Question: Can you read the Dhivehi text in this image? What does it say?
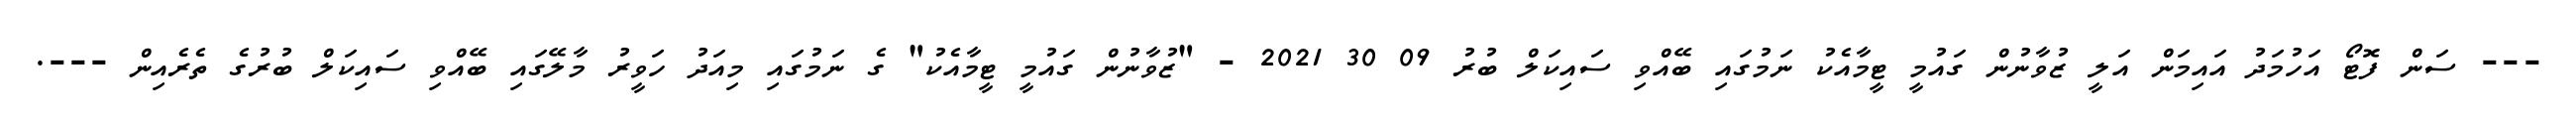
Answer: --- ސަން ފޮޓޯ އަހުމަދު އައިމަން އަލީ ޒުވާނުން ގައުމީ ޓީމާއެކު ނަމުގައި ބޭއްވި ސައިކަލް ބުރު 09 30 2021 - "ޒުވާނުން ގައުމީ ޓީމާއެކު" ގެ ނަމުގައި މިއަދު ހަވީރު މާލޭގައި ބޭއްވި ސައިކަލް ބުރުގެ ތެރެއިން ---.